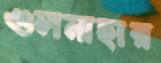
গুলনাহার